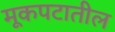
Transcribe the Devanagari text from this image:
मूकपटातील